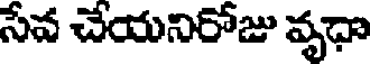
సేవ చేయనిరోజు వృధా